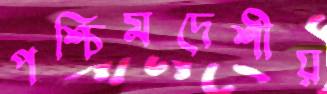
পশ্চিমদেশীয়